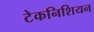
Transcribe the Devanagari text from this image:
टेकनिशियन